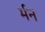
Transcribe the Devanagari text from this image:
र्मन